Report of the Imperial Institute of Veterinary Research, Muktesar
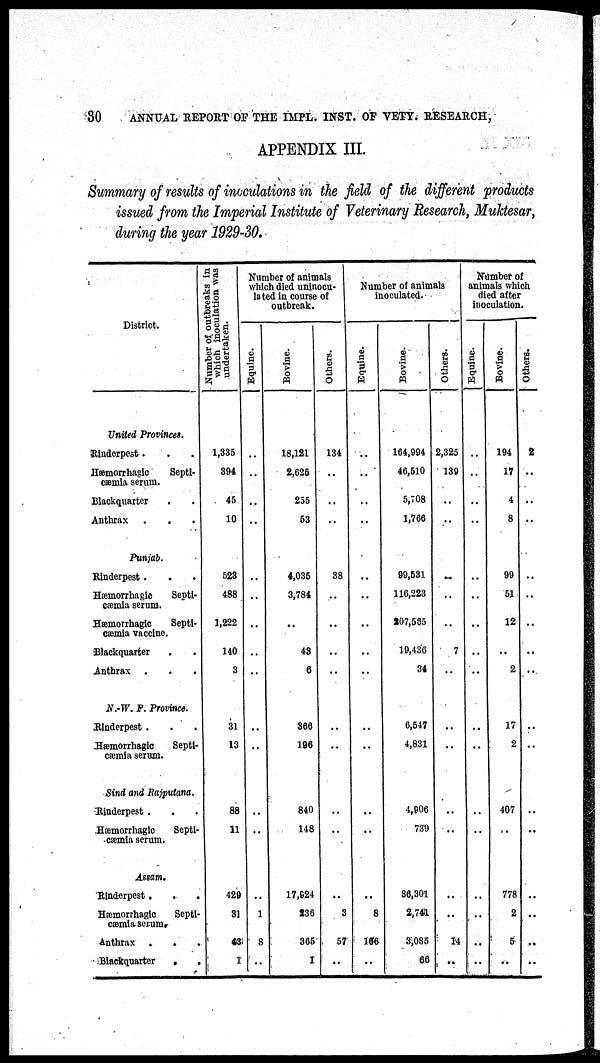
30
ANNUAL REPORT OF THE IMPL. INST. OF VETY. RESEARCH,
APPENDIX III.
Summary of results of inoculations in the field of the different products
issued from the Imperial Institute of Veterinary Research, Muktesar,
during the year 1929-30.
District.
United Provinces.
Rinderpest.
Hæmorrhagic
Septi-
cæmia serum.
Blackquarter
Anthrax
Punjab.
Rinderpest .
Hæmorrhagic
Septi-
cæmia serum.
Hæmorrhagic
Septi-
cæmia vaccine.
Blackquarter
Anthrax
.
N.-W.F. Province.
Rinderpest .
Hæmorrhagic
Septi-
cæmia serum.
Sind and Rajputana.
Rinderpest .
Hæmorrhagic
Septi-
cæmia serum.
Assam.
Rinderpest.
Hæmorrhagic
Septi-
cæmia, serum.
Anthrax
.
.
Blackquarter
.
.
Number of outbreaks in
which inoculation was
undertaken.
1,335
394
45
10
523
488
1,222
140
3
31
13
88
11
429
31
43
1
Number of animals
which died uninocu-
lated in course of
outbreak.
Equine.
..
..
..
..
..
..
...
..
..
..
..
..
..
..
1
8
..
Bovine.
18,121
2,625
255
53
4,035
3,784
..
43
6
366
196
840
148
17,624
236
365
1
Others.
134
..
..
..
38
..
..
..
..
..
..
..
..
..
3
57
..
Number of animals
inoculated.
Equine.
..
..
..
..
..
..
..
..
..
..
..
..
..
..
8
166
..
Bovine.
164,994
46,510
5,708
1,766
99,531
116,223
207,565
19,436
34
6,547
4,831
4,906
739
36,301
2,741
3,035
66
Others.
2,325
139
..
..
..
..
..
7
..
..
..
..
..
..
..
14
..
Number of
animals which
died after
inoculation.
Equine.
..
..
..
..
..
..
..
..
..
..
..
..
..
..
..
..
..
Bovine.
194
17
4
8
99
51
12
..
2
17
2
407
..
778
2
5
..
Others.
2
..
..
..
..
..
..
..
..
..
..
..
..
..
..